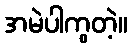
အမဲပါကွတဲ့။